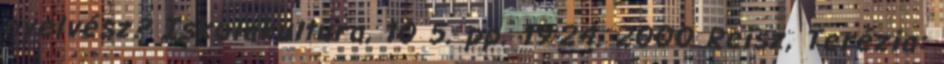
nyelvész? Iskolakultúra, 10 5. pp. 19-24. 2000 Reisz, Terézia: